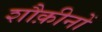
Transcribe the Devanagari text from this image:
शौक़ीनों